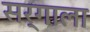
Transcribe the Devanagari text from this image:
सर्गाला